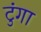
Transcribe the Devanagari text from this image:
टुंगा